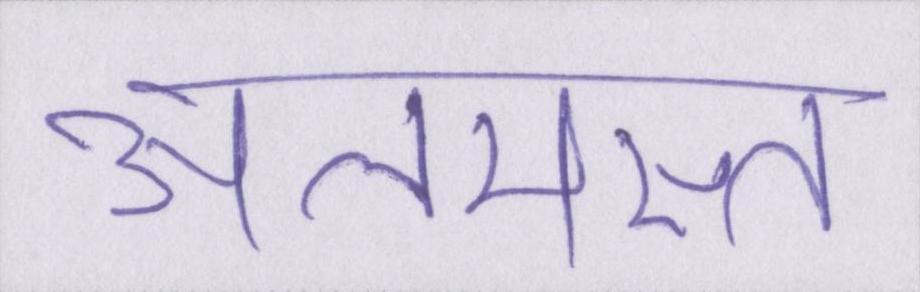
अलमस्त